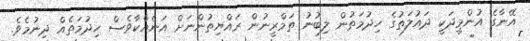
އޭނާގެ އުންމީދަކީ ދައުލަތުގެ ހިދުމަތުން ލިބުނު ތަމްރީނުން ރައްޔިތުންނަށް އަނެއްކާވެސް ހިދުމަތެއް ދިނުމެވެ.